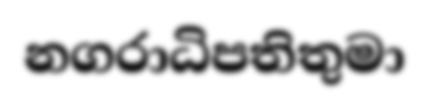
නගරාධිපතිතුමා